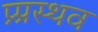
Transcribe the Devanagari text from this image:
प्र्प्रस्थव